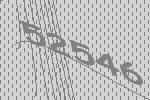
52546